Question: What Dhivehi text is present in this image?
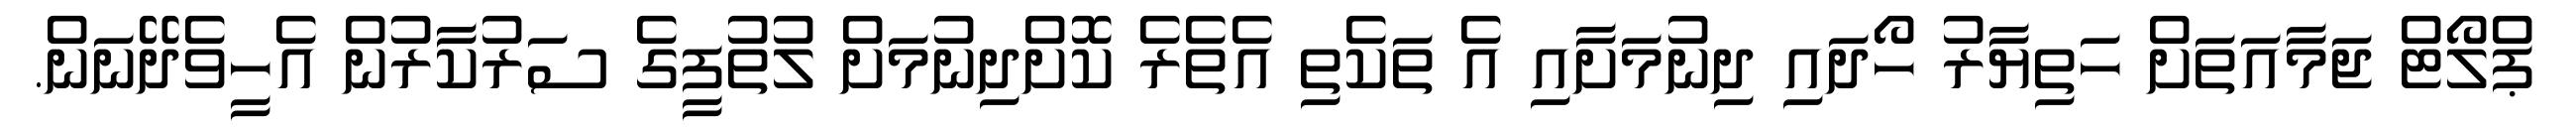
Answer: ޕްލޯޓް ޖަމާއަތަށް ހަތިޔާރު ހޯދައި ދިނުމަށާއި އެ ތަކެތި އެތެރެ ކޮށްދިނުމަށް ލުތުފީގެ ސަރުކާރުން އެހީވެދޭނަން.